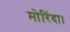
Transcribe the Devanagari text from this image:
मोरिंदा।